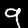
Label: 9